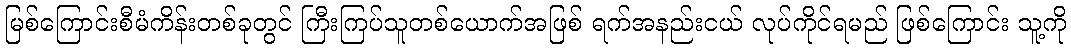
မြစ်ကြောင်းစီမံကိန်းတစ်ခုတွင် ကြီးကြပ်သူတစ်ယောက်အဖြစ် ရက်အနည်းငယ် လုပ်ကိုင်ရမည် ဖြစ်ကြောင်း သူ့ကို